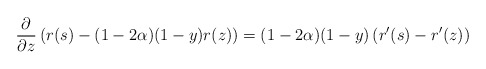
\begin{align*}\frac{\partial}{\partial z}\left(r(s)-(1-2\alpha)(1-y)r(z)\right)=(1-2\alpha)(1-y)\left(r^\prime(s)-r^\prime(z)\right)\end{align*}